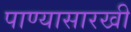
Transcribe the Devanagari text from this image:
पाण्यासारखी